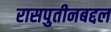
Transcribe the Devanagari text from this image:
रासपुतीनबद्दल